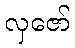
လှဇော်